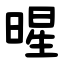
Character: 暒